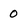
Character: O